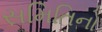
સમિતિનો